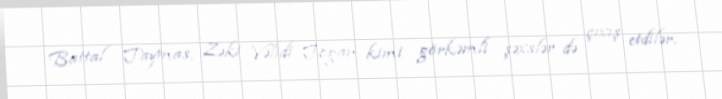
Battal Taymas, Zəki Vəlidi Toğan kimi görkəmli şəxslər də çıxış etdilər.